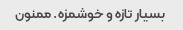
بسیار تازه و خوشمزه. ممنون